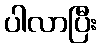
ပါလာပြီး